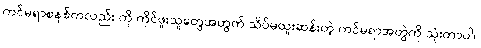
ကင်မရာစနစ်ကလည်း ကို ကိုင်ဖူးသူတွေအတွက် သိပ်မထူးဆန်းတဲ့ ကင်မရာအတွဲကို သုံးတာပါ။